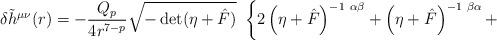
LaTeX: \begin{align*}\delta {\tilde{h}}^{\mu\nu}(r)=-\frac{Q_p}{4r^{7-p}}\sqrt{- \det(\eta + {\hat{F}})}~\left\{2\left(\eta+\hat F\right)^{-1~\alpha\beta}+\left(\eta+\hat F\right)^{-1~\beta\alpha}+\right.\end{align*}